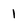
Character: 1